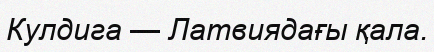
Кулдига — Латвиядағы қала.